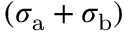
( \sigma _ { \mathrm { a } } + \sigma _ { \mathrm { b } } )